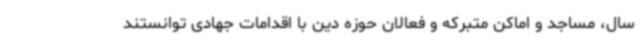
سال، مساجد و اماکن متبرکه و فعالان حوزه دین با اقدامات جهادی توانستند